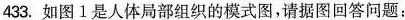
433.如图1是人体局部组织的模式图，请据图回答问题